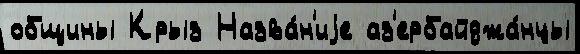
общины Крыз Назва́н'иjе аз'ербайджа́нцы